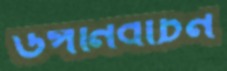
উপনির্বাচন